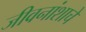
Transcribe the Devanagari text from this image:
जीवनांशाचे